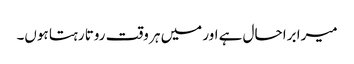
میرا برا حال ہے اور میں ہر وقت روتا رہتا ہوں۔